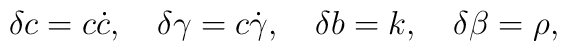
\delta c = c \dot{c}, \hspace{1em} \delta \gamma = c \dot{\gamma},    \hspace{1em} \delta b = k, \hspace{1em} \delta \beta = \rho,